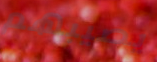
يصيبهم